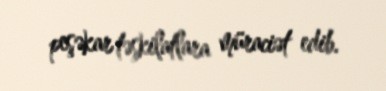
peşəkar təşkilatlara müraciət edib.